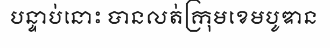
បន្ទាប់នោះ បានលត់ក្រុមខេមបូឌាន